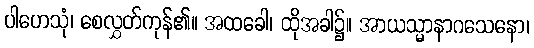
ပါဟေသုံ၊ စေလွှတ်ကုန်၏။ အထခေါ၊ ထိုအခါ၌။ အာယသ္မာနာဂသေနော၊